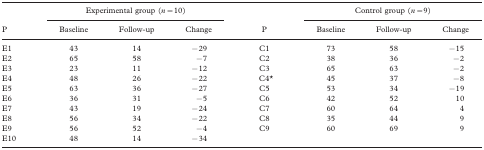
<table><thead><tr><td></td><td colspan="3"><b>Experimental group (<i>n</i> = 10)</b></td><td></td><td colspan="3"><b>Control group (<i>n</i> = 9)</b></td></tr><tr><td><b>P</b></td><td><b>Baseline</b></td><td><b>Follow-up</b></td><td><b>Change</b></td><td><b>P</b></td><td><b>Baseline</b></td><td><b>Follow-up</b></td><td><b>Change</b></td></tr></thead><tbody><tr><td>E1</td><td>43</td><td>14</td><td>−29</td><td>C1</td><td>73</td><td>58</td><td>−15</td></tr><tr><td>E2</td><td>65</td><td>58</td><td>−7</td><td>C2</td><td>38</td><td>36</td><td>−2</td></tr><tr><td>E3</td><td>23</td><td>11</td><td>−12</td><td>C3</td><td>65</td><td>63</td><td>−2</td></tr><tr><td>E4</td><td>48</td><td>26</td><td>−22</td><td>C4*</td><td>45</td><td>37</td><td>−8</td></tr><tr><td>E5</td><td>63</td><td>36</td><td>−27</td><td>C5</td><td>53</td><td>34</td><td>−19</td></tr><tr><td>E6</td><td>36</td><td>31</td><td>−5</td><td>C6</td><td>42</td><td>52</td><td>10</td></tr><tr><td>E7</td><td>43</td><td>19</td><td>−24</td><td>C7</td><td>60</td><td>64</td><td>4</td></tr><tr><td>E8</td><td>56</td><td>34</td><td>−22</td><td>C8</td><td>35</td><td>44</td><td>9</td></tr><tr><td>E9</td><td>56</td><td>52</td><td>−4</td><td>C9</td><td>60</td><td>69</td><td>9</td></tr><tr><td>E10</td><td>48</td><td>14</td><td>−34</td><td></td><td></td><td></td><td></td></tr></tbody></table>